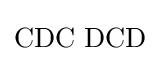
\mathrm {CDC\,\,DCD}